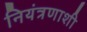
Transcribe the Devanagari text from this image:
नियंत्रणाशी